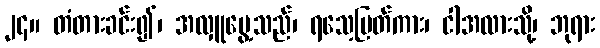
၂၄။ တံတားခင်း၍၊ အလှူမွေ့သည်၊ ရသေ့မြတ်ကား၊ ငါအလားသို့၊ ဘုရား